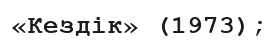
«Кездік» (1973);